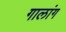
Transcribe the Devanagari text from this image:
गालांग